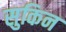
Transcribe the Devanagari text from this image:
सुकिन